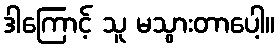
ဒါကြောင့် သူ မသွားတာပေါ့။